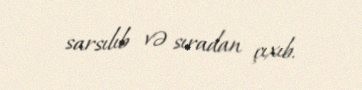
sarsılıb və sıradan çıxıb.